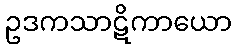
ဥဒကသာဋိကာယော